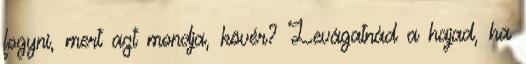
fogyni, mert azt mondja, kövér? Levágatnád a hajad, ha